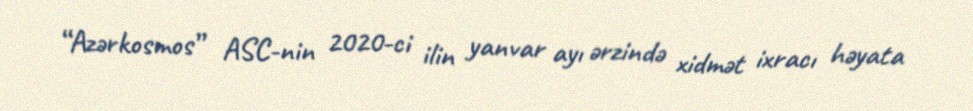
“Azərkosmos” ASC-nin 2020-ci ilin yanvar ayı ərzində xidmət ixracı həyata